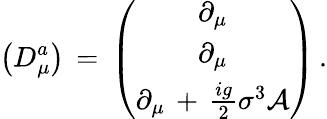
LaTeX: \left(D_{\mu}^{a}\right)\, =\, \left(\begin{array}{c}{{\partial_{\mu}}}\\ {{\partial_{\mu}}}\\ {{\partial_{\mu}\, +\, \frac{ig}{2}\sigma^{3}\mathcal{A}}}\end{array}\right)\, .